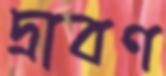
দ্রাবণ